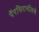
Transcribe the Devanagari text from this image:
पॅरसिटमॉलचे